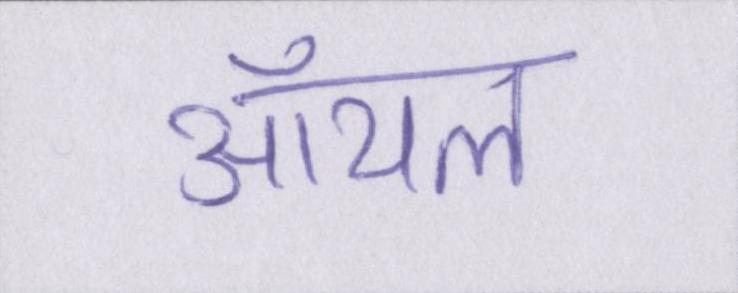
ऑयल